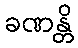
ခဏန္တိ